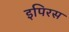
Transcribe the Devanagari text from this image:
इपिरस